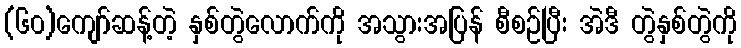
(၆၀)ကျော်ဆန့်တဲ့ နှစ်တွဲလောက်ကို အသွားအပြန် စီစဉ်ပြီး အဲဒီ တွဲနှစ်တွဲကို